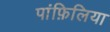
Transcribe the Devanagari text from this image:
पांफ़िलिया